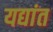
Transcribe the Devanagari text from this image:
यद्यांत